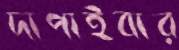
দাপাইবার